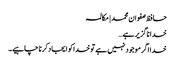
حافظ صفوان محمد | مکالمہ
خدا ناگزیر ہے…
خدا اگر موجود نہیں ہے تو خدا کو ایجاد کرنا چاہیے۔